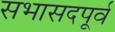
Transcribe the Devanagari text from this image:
सभासदपूर्व